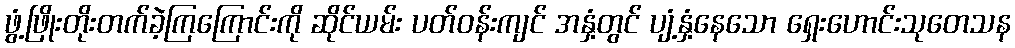
ဖွံ့ဖြိုးတိုးတက်ခဲ့ကြကြောင်းကို ဆိုင်ယမ်း ပတ်ဝန်းကျင် အနှံ့တွင် ပျံ့နှံ့နေသော ရှေးဟောင်းသုတေသန